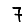
Digit: 7